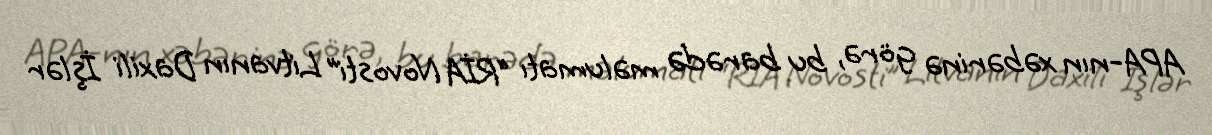
APA-nın xəbərinə görə, bu barədə məlumatı “RİA Novosti” Litvanın Daxili İşlər